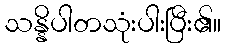
သန္နိပါတသုံးပါးပြီး၏။